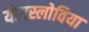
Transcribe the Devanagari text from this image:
योगस्लोविया